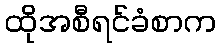
ထိုအစီရင်ခံစာက